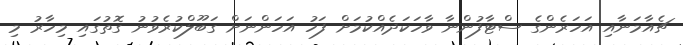
ޗެއާމަނާއި އަހަރެންގެ ސްޓާފުންނާ ވާހަކަދެއްކުމަށް ފަހު އަހަންނަށް ގަބޫލްކުރެވުނު ގޮތުގައި މިހާރު މި